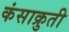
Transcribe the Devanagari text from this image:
कंसाक्रुती